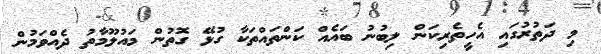
މި ދަތުރުގައި އެހީތެރިކަން ލިބުނު ބައެއް ކަންތައްތަކާ ގުޅޭ ގޮތުން މައުލޫމާތު ދެއްވަމުން